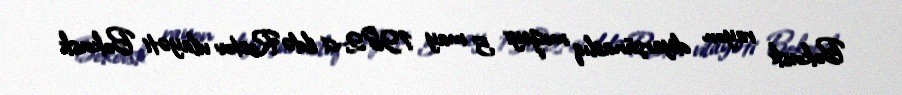
Bokovsk rayon diyarşünaslıq muzeyi 5 may 1982-ci ildə Rostov vilayəti Bokovsk